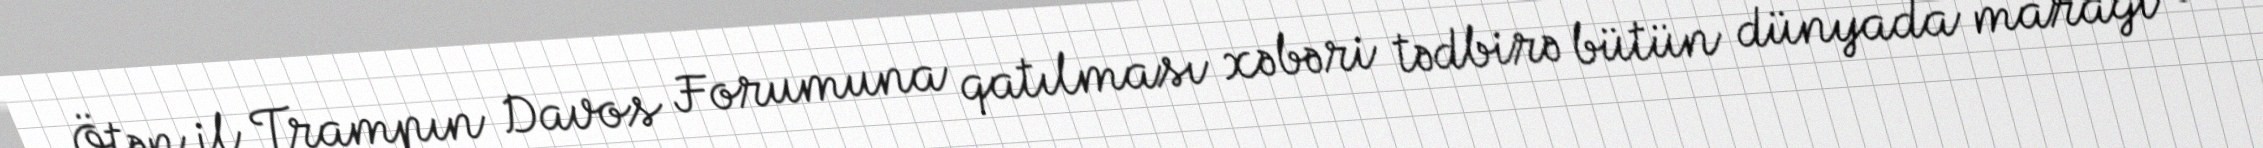
Ötən il Trampın Davos Forumuna qatılması xəbəri tədbirə bütün dünyada marağı və